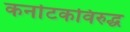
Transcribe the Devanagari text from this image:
कर्नाटकविरुद्ध